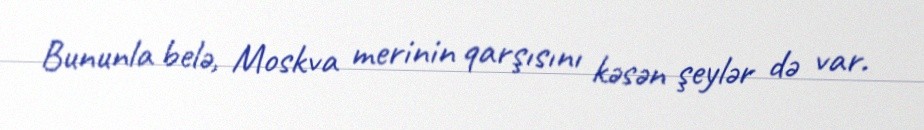
Bununla belə, Moskva merinin qarşısını kəsən şeylər də var.